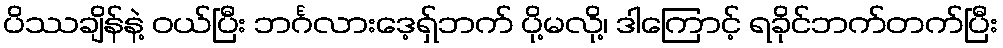
ပိဿချိန်နဲ့ ဝယ်ပြီး ဘင်္ဂလားဒေ့ရှ်ဘက် ပို့မလို့၊ ဒါကြောင့် ရခိုင်ဘက်တက်ပြီး